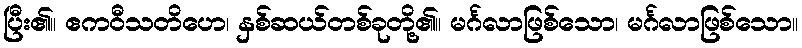
ပြီး၏။ ဧကဝီသတိဟေ၊ နှစ်ဆယ်တစ်ခုတို့၏။ မင်္ဂလာဖြစ်သော၊ မင်္ဂလာဖြစ်သော။